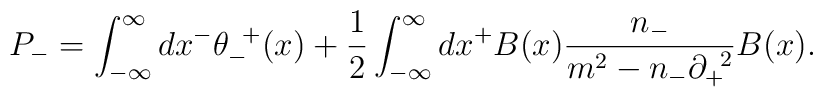
P_-=\int^{\infty}_{-{\infty}}dx^- {\theta}_-^{\;\;+}(x)  +\frac{1}{2}\int^{\infty}_{-{\infty}}dx^+ B(x)\frac{n_-}{m^2-n_-{\partial}_+^{\;\;2}}B(x).